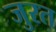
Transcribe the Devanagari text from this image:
जुरत